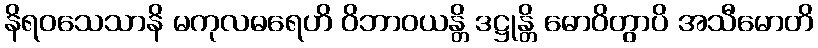
နိရဝသေသာနိ မကုလဓရေဟိ ဝိဘာဝယန္တိ ဒဋ္ဌုန္တိ ဓောဝိတွာပိ အသီမောတိ